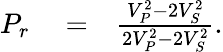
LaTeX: \begin{array}{rlr}{P_{r}}&{{}=}&{\frac{V_{P}^{2}-2V_{S}^{2}}{2V_{P}^{2}-2V_{S}^{2}}.}\end{array}